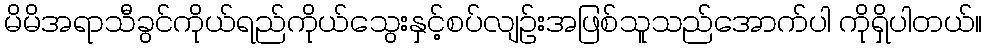
မိမိအရာသီခွင်ကိုယ်ရည်ကိုယ်သွေးနှင့်စပ်လျဉ်းအဖြစ်သူသည်အောက်ပါ ကိုရှိပါတယ်။